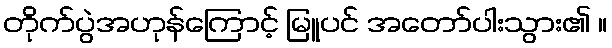
တိုက်ပွဲအဟုန်ကြောင့် မြူပင် အတော်ပါးသွား၏ ။